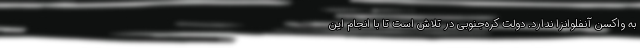
به واکسن آنفلوانزا ندارد. دولت کره‌جنوبی در تلاش است تا با انجام این